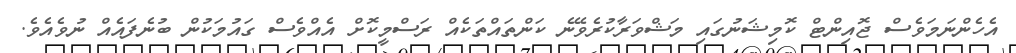
އެހެންނަމަވެސް ޖޮއިންޓް ކޮމިޝަނުގައި މަޝްވަރާކުރެވޭނެ ކަންތައްތަކެއް ރަސްމީކޮށް އެއްވެސް ގައުމަކުން ބުނެފައެއް ނުވެއެވެ.